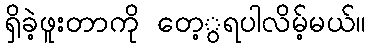
ရှိခဲ့ဖူးတာကို တေ့ွရပါလိမ့်မယ်။